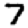
Digit: 7